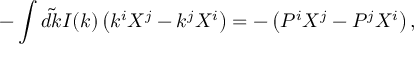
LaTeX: - \int \tilde { d k } I ( k ) \left( k ^ { i } X ^ { j } - k ^ { j } X ^ { i } \right) = - \left( P ^ { i } X ^ { j } - P ^ { j } X ^ { i } \right) ,